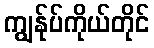
ကျွန်ုပ်ကိုယ်တိုင်